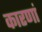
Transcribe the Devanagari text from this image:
कारणां